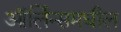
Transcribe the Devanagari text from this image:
ऑर्लिन्समधील